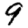
Digit: 9